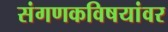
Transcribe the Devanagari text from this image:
संगणकविषयांवर